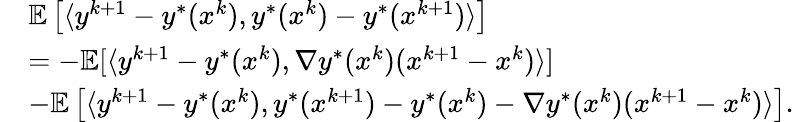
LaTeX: \begin{array}{rl}&{\mathbb{E}\left[\langle y^{k+1}-y^{*}(x^{k}),y^{*}(x^{k})-y^{*}(x^{k+1})\rangle\right]}\\ &{=-\mathbb{E}[\langle y^{k+1}-y^{*}(x^{k}),\nabla y^{*}(x^{k})(x^{k+1}-x^{k})\rangle]}\\ &{-\mathbb{E}\left[\langle y^{k+1}-y^{*}(x^{k}),y^{*}(x^{k+1})-y^{*}(x^{k})-\nabla y^{*}(x^{k})(x^{k+1}-x^{k})\rangle\right].}\end{array}